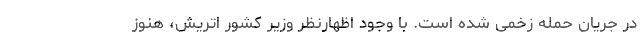
در جریان حمله زخمی شده است. با وجود اظهارنظر وزیر کشور اتریش، هنوز